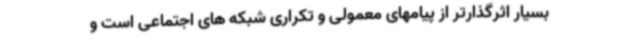
بسیار اثرگذارتر از پیامهای معمولی و تکراری شبکه های اجتماعی است و